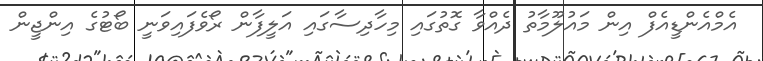
އެމްއެންޑީއެފް އިން މައުލޫމާތު ދެއްވާ ގޮތުގައި މިހާދިސާގައި އަލީފާން ރޯވެފައިވަނީ ބޯޓުގެ އިންޖީން